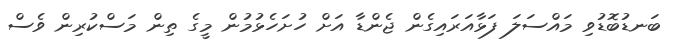
ބަނޑުބޮޑުވި މައްސަލަ ފަޅާއަރައިގެން ޖެންޑާ އަށް ހުށަހެޅުމުން މީގެ ތިން މަސްކުރިން ވެސް